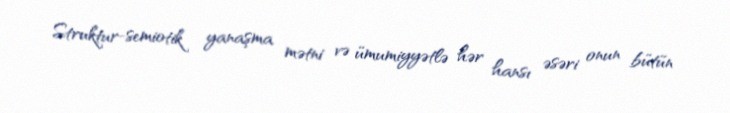
Struktur-semiotik yanaşma mətni və ümumiyyətlə hər hansı əsəri onun bütün